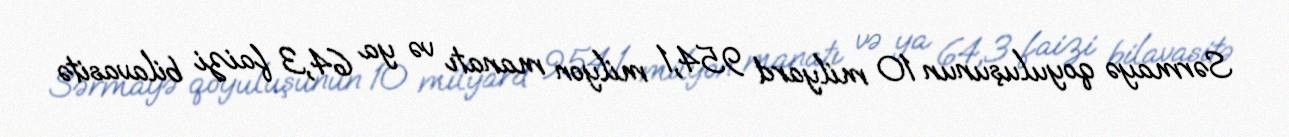
Sərmayə qoyuluşunun 10 milyard 954,1 milyon manatı və ya 64,3 faizi bilavasitə